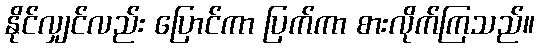
နိုင်လျှင်လည်း ပြောင်ကာ ပြက်ကာ စားလိုက်ကြသည်။